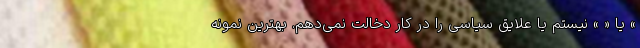
» یا « » نیستم یا علایق سیاسی را در کار دخالت نمی‌دهم. بهترین نمونه